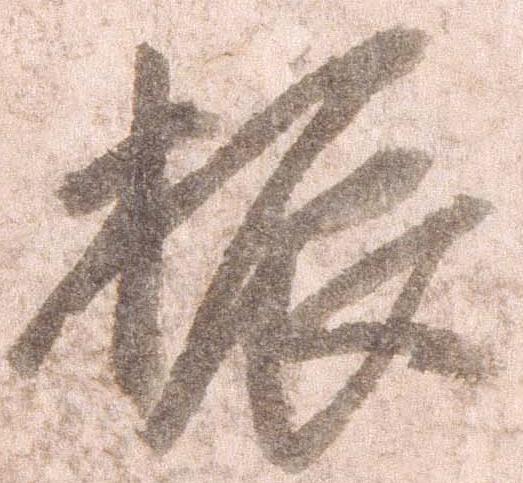
振